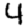
Digit: 4